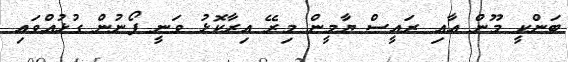
ބަންކީ މޫން އާއި ރައީސް ޔާމީން މިރޭ އިރާކޮޅު ވަނީ ފޯނުން ގުޅުއްވައި